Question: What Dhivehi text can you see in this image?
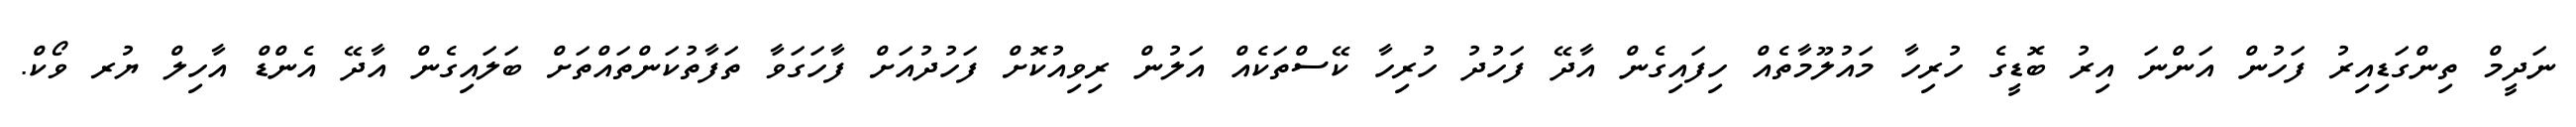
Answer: ނަދީމް ތިންގަޑިއިރު ފަހުން އަންނަ އިރު ބޮޑީގެ ހުރިހާ މައުލޫމާތެއް ހިފައިގެން އާދޭ ފަހުދު ހުރިހާ ކޭސްތަކެއް އަލުން ރިވިއުކޮށް ފަހުދުއަށް ފާހަގަވާ ތަފާތުކަންތައްތަށް ބަލައިގެން އާދޭ އެންޑް އާހިލް ޔުރ ވޯކް.